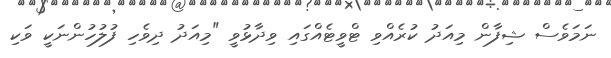
ނަމަވެސް ޝިފާން މިއަދު ކުރެއްވި ޓްވީޓެއްގައި ވިދާޅުވީ "މިއަދު ދިވެހި ފުލުހުންނަކީ ވަކި